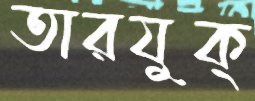
তারযুক্